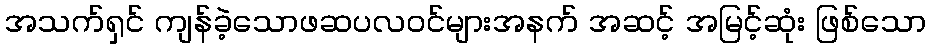
အသက်ရှင် ကျန်ခဲ့သောဖဆပလဝင်များအနက် အဆင့် အမြင့်ဆုံး ဖြစ်သော